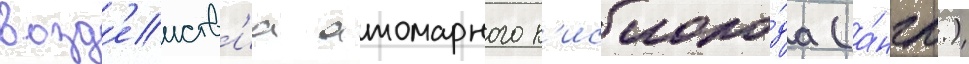
возд'еиств'иа атомарного к'ислоро́да (а́нгл.)